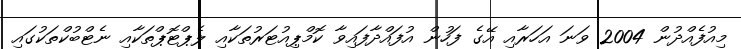
މިއުފެއްދުން 2004 ވަނަ އަހަރާއި އޭގެ ފަހުން އުފައްދާފައިވާ ކޮމްޕިއުޓަރުތަކާއި ލެޕްޓޮޕްތަކާއި ނެޓްބުކްތަކުގައި